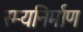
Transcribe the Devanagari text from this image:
रम्यनिर्माण